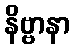
နိဗ္ဗာနာ